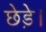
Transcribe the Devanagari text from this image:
छेड़े।